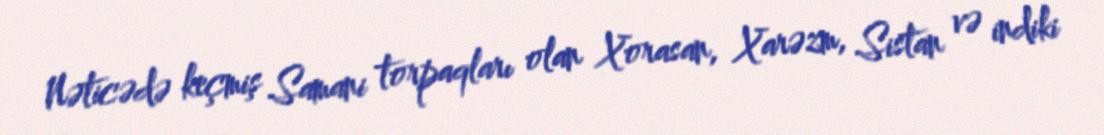
Nəticədə keçmiş Samani torpaqları olan Xorasan, Xarəzm, Sistan və indiki